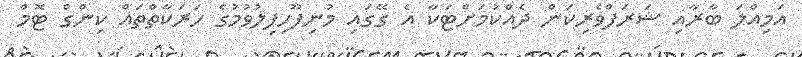
އަމިއްލަ ބާރާއި ޝަރަފްވެރިކަން ދެއްކުމަށްޓަކާ އެ ގޭގައި މުނިފޫހިފިލުވުމުގެ ހަރަކާތްތައް ކިންގް ޓޮމް